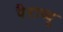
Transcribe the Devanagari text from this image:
पैराव्यू